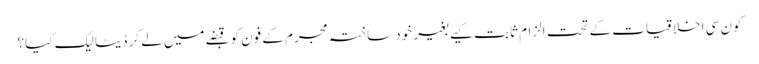
کون سی اخلاقیات کے تحت الزام ثابت کیے بغیر خود ساختہ مجرم کے فون کو قبضے میں لے کر ڈیٹا لیک کیا؟